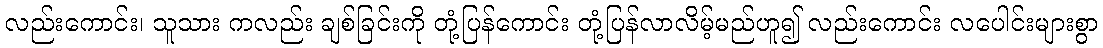
လည်းကောင်း၊ သူသား ကလည်း ချစ်ခြင်းကို တုံ့ပြန်ကောင်း တုံ့ပြန်လာလိမ့်မည်ဟူ၍ လည်းကောင်း လပေါင်းများစွာ